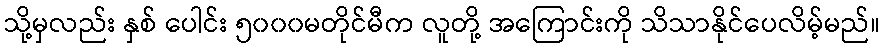
သို့မှလည်း နှစ် ပေါင်း ၅၀၀၀မတိုင်မီက လူတို့ အကြောင်းကို သိသာနိုင်ပေလိမ့်မည်။